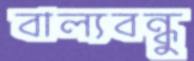
বাল্যবন্ধু